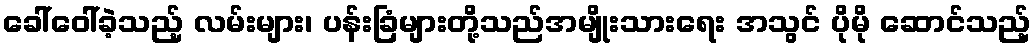
ခေါ်ဝေါ်ခဲ့သည့် လမ်းများ၊ ပန်းခြံများတို့သည်အမျိုးသားရေး အသွင် ပိုမို ဆောင်သည့်